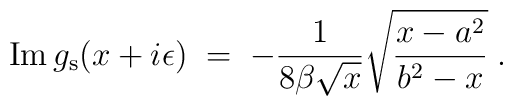
{\rm Im}\,g_{\rm s}(x+i\epsilon)\;=\;- {1\over 8\beta\sqrt{x}}\sqrt{ {x-a^2\over b^2-x}}\;.